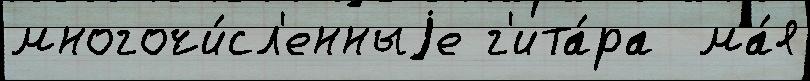
многочи́сл'енныjе г'ита́ра  ма́я